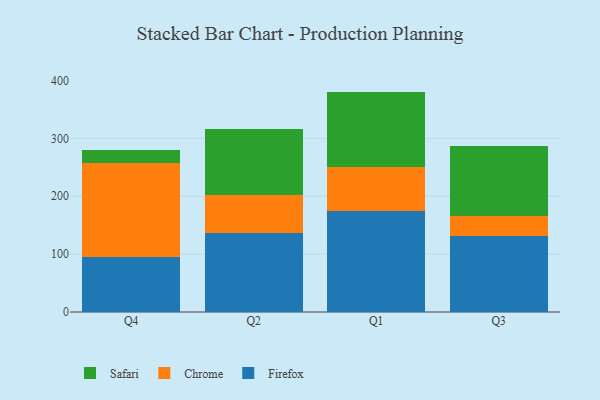
{"axis": {"x": "Quarter", "y": "Production Output"}, "legend": ["Chrome", "Firefox", "Safari"], "data": [{"x": "Q4", "y": 95.3, "type": "Firefox"}, {"x": "Q4", "y": 162.9, "type": "Chrome"}, {"x": "Q4", "y": 21.2, "type": "Safari"}, {"x": "Q2", "y": 136.9, "type": "Firefox"}, {"x": "Q2", "y": 65.5, "type": "Chrome"}, {"x": "Q2", "y": 113.3, "type": "Safari"}, {"x": "Q1", "y": 174.5, "type": "Firefox"}, {"x": "Q1", "y": 76.7, "type": "Chrome"}, {"x": "Q1", "y": 129.7, "type": "Safari"}, {"x": "Q3", "y": 132.2, "type": "Firefox"}, {"x": "Q3", "y": 33.4, "type": "Chrome"}, {"x": "Q3", "y": 120.8, "type": "Safari"}]}